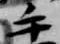
手